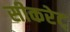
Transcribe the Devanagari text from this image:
सीकरेट्